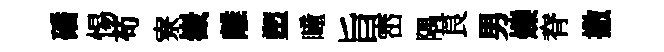
磻惕苟寮嶻離塑瞳旨崈隅良男爍脊撒